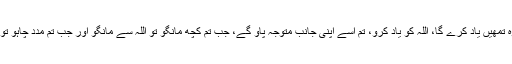
اللہ کو یاد کرو، وہ تمھیں یاد کرے گا، اللہ کو یاد کرو، تم اسے اپنی جانب متوجہ پاؤ گے، جب تم کچھ مانگو تو اللہ سے مانگو اور جب تم مدد چاہو تو اللہ ہی سے چاہو۔